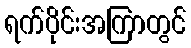
ရက်ပိုင်းအကြာတွင်